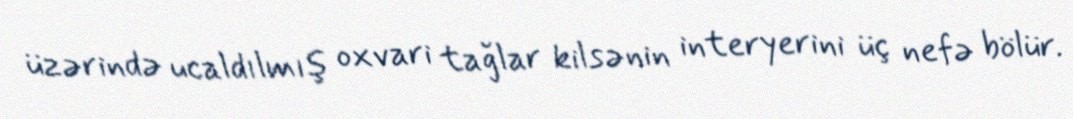
üzərində ucaldılmış oxvari tağlar kilsənin interyerini üç nefə bölür.